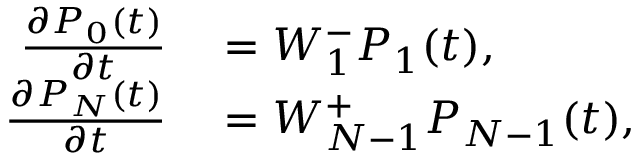
\begin{array} { r l } { \frac { \partial P _ { 0 } ( t ) } { \partial t } } & { { } = W _ { 1 } ^ { - } P _ { 1 } ( t ) , } \\ { \frac { \partial P _ { N } ( t ) } { \partial t } } & { { } = W _ { N - 1 } ^ { + } P _ { N - 1 } ( t ) , } \end{array}